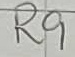
Text: R9